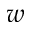
w